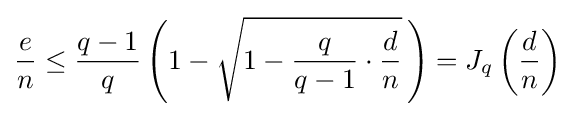
{e \over n}\leq {{q-1} \over q}\left({1-{\sqrt {1-{q \over {q-1}}\cdot {d \over n}}}}\,\right)=J_{q}\left({d \over n}\right)